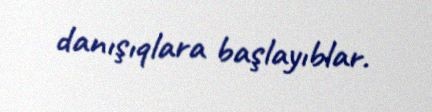
danışıqlara başlayıblar.